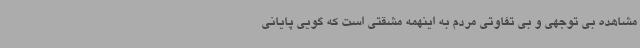
مشاهده بی توجهی و بی تفاوتی مردم به اینهمه مشقتی است که گویی پایانی